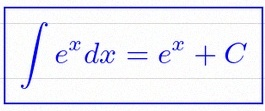
\int e^x dx=e^x+C